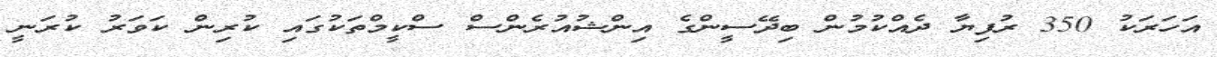
އަހަރަކު 350 ރުފިޔާ ދެއްކުމުން ބިދޭސީންގެ އިންޝުއުރެންސް ސްކީމްތަކުގައި ކުރިން ކަވަރު ކުރަނީ